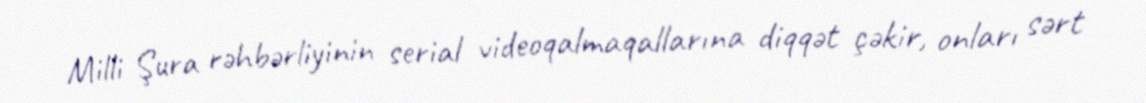
Milli Şura rəhbərliyinin serial videoqalmaqallarına diqqət çəkir, onları sərt